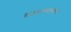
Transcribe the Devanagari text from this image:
राजघराण्यासोबत